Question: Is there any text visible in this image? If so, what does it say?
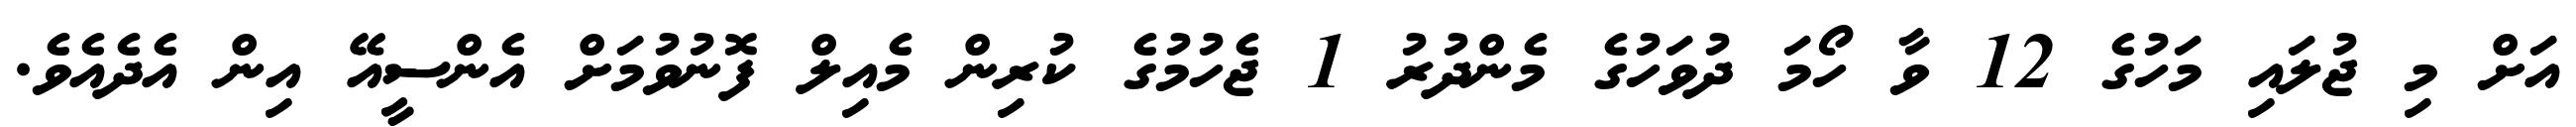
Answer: އަށް މި ޖުލައި މަހުގެ 12 ވާ ހޯމަ ދުވަހުގެ މެންދުރު 1 ޖެހުމުގެ ކުރިން މެއިލް ފޮނުވުމަށް އެންސީއޭ އިން އެދެއެވެ.